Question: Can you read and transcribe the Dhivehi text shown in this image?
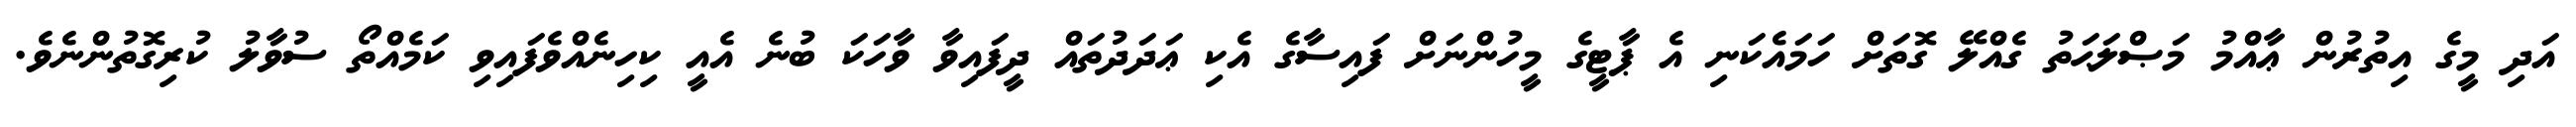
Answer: އަދި މީގެ އިތުރުން ޢާއްމު މަޞްލަޙަތު ގެއްލޭ ގޮތަށް ހަމައެކަނި އެ ޕާޓީގެ މީހުންނަށް ފައިސާގެ އެކި ޢަދަދުތައް ދީފައިވާ ވާހަކަ ބުނެ އެއީ ކިހިނެއްވެފައިވި ކަމެއްތޯ ސުވާލު ކުރިގޮތުންނެވެ.